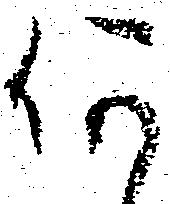
何